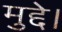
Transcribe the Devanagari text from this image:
मुद्दे।